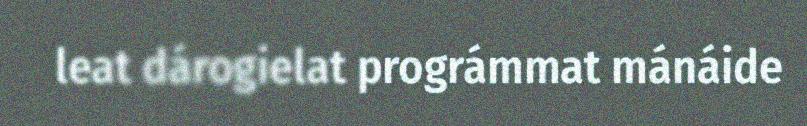
leat dárogielat prográmmat mánáide